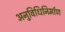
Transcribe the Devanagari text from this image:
अनुविधिनिर्माण